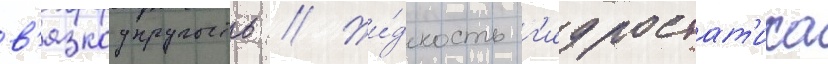
в'язкоупругость // Жи́дкость г'идростат'ика